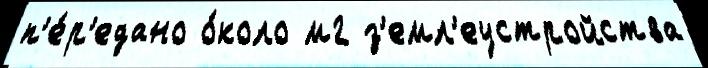
п'е́р'едано о́коло м2 з'емл'еустройства